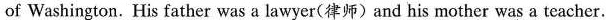
of Washington. His father was a lawyer(律师)and his mother was a teacher.